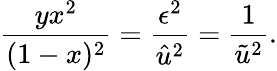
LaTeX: \frac{yx^{2}}{(1-x)^{2}}=\frac{\epsilon^{2}}{\hat{u}^{2}}=\frac{1}{\tilde{u}^{2}}.